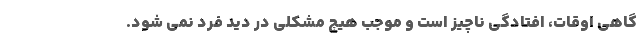
گاهی اوقات، افتادگی ناچیز است و موجب هیچ مشکلی در دید فرد نمی شود.